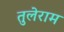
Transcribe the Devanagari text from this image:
तुलेराम